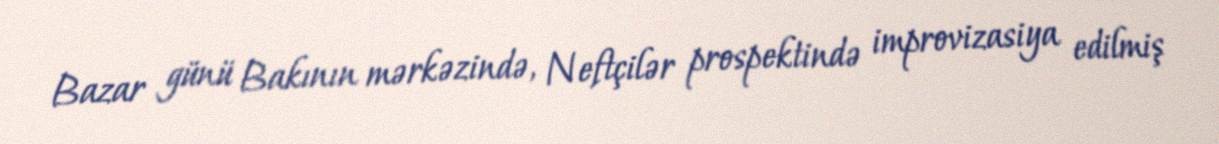
Bazar günü Bakının mərkəzində, Neftçilər prospektində improvizasiya edilmiş